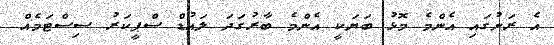
އެ ރަށުގައި އެންމެ މޮޅު ބަޔަކީ އެންމެ ބާރުގަދަ ލައުޑް ސްޕީކަރު ސިސްޓަމެއް